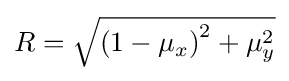
{\textstyle R={\sqrt {\left(1-\mu _{x}\right)^{2}+\mu _{y}^{2}}}}